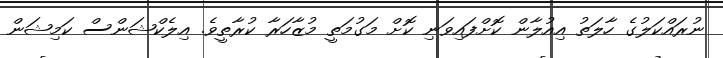
ނުރައްކަލުގެ ހާލަތު އިއުލާން ކޮށްފައިވަނި ކޮށް މަގުމަތީ މުޒާހަރާ ކުރާތީވެ. އިލެކްޝަންސް ކަމިޝަން